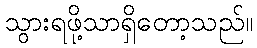
သွားရဖို့သာရှိတော့သည်။